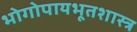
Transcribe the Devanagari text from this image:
भोगोपायभूतशास्त्र